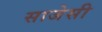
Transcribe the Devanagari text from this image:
साजेसी